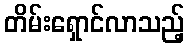
တိမ်းရှောင်လာသည့်